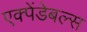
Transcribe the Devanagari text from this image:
एक्पेंडेबल्स